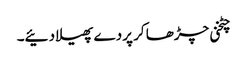
چٹخنی چڑھا کر پردے پھیلا دئیے۔